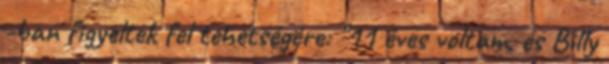
-ban figyeltek fel tehetségére: "11 éves voltam, és Billy